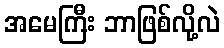
အမေကြီး ဘာဖြစ်လို့လဲ